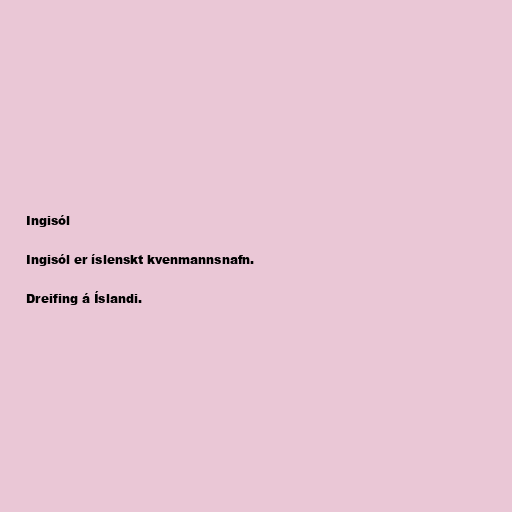
Ingisól

Ingisól er íslenskt kvenmannsnafn.

Dreifing á Íslandi.